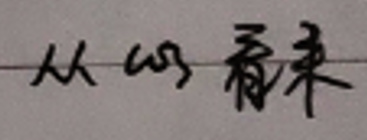
从\(\cos\)看来